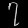
Digit: ၇